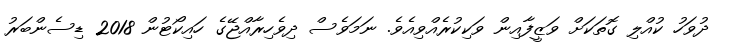
ދުވަހު ކުއްލި ގޮތަކަށް ވަޒީފާއިން ވަކިކުރެއްވިއެވެ. ނަމަވެސް ދިވެހިރާއްޖޭގެ ހައިކޯޓުން 2018 ޑިސެންބަރު